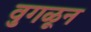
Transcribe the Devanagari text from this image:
वुगळून